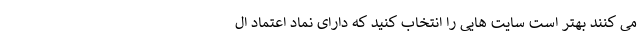
می کنند بهتر است سایت هایی را انتخاب کنید که دارای نماد اعتماد ال